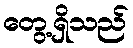
တွေ့ရှိသည်